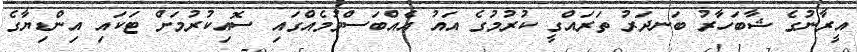
އީރާނުގެ ޝާބަހާރު ބަނދަރު ތަރައްގީ ކުރުމުގެ އައު އެއްބަސްވުމެއްގައި ސޮއިކުރުމަށް ޓަކައި އިންޑިޔާގެ